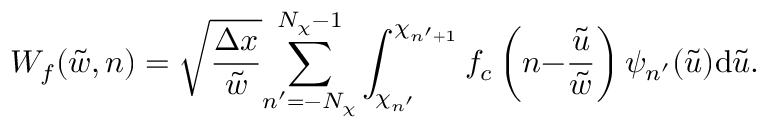
W _ { f } ( \tilde { w } , n ) = \sqrt { \frac { \Delta x } { \tilde { w } } } { \sum _ { n ^ { \prime } = - N _ { \chi } } ^ { N _ { \chi } - 1 } } \int _ { \chi _ { n ^ { \prime } } } ^ { \chi _ { n ^ { \prime } { + } 1 } } f _ { c } \left( n { - } \frac { \tilde { u } } { \tilde { w } } \right) \psi _ { n ^ { \prime } } ( \tilde { u } ) \mathrm { d } \tilde { u } .